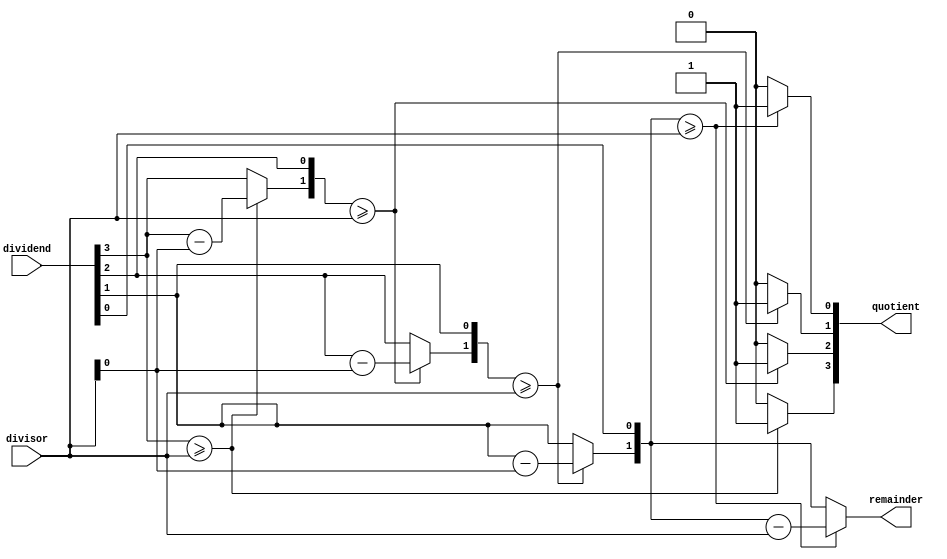
`timescale 1ns / 1ps
//////////////////////////////////////////////////////////////////////////////////
// Company: 
// Engineer: 
// 
// Design Name: 
// Module Name: Day15_Divider4bit_by_2bit
// Project Name: 
// Target Devices: 
// Tool Versions: 
// Description: 
// 
// Dependencies: 
// 
// Revision:
// Revision 0.01 - File Created
// Additional Comments:
// 
//////////////////////////////////////////////////////////////////////////////////


module divider_4bit_by_2bit (
    input [3:0] dividend,
    input [1:0] divisor,
    output reg [3:0] quotient,
    output reg [1:0] remainder
);
    integer i;

    always @(*) begin
        quotient = 4'b0;
        remainder = 2'b0;

        // Shift and subtract method
        for (i = 3; i >= 0; i = i - 1) begin
            remainder = {remainder[0], dividend[i]}; // Shift in the next bit of the dividend
            if (remainder >= divisor) begin
                remainder = remainder - divisor;
                quotient[i] = 1'b1;
            end
        end
    end
endmodule